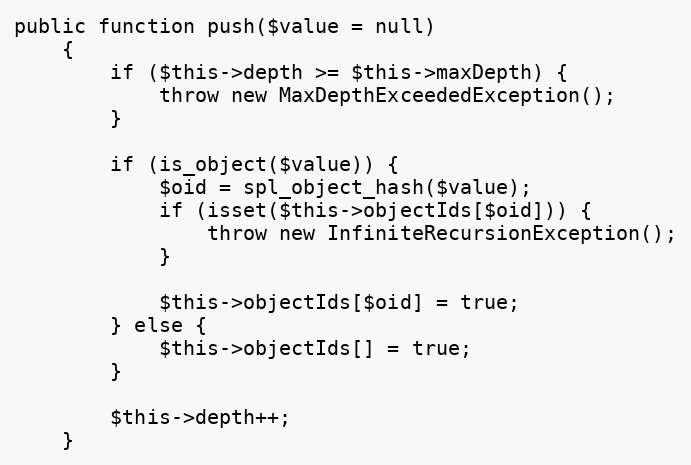
Language: PHP
public function push($value = null)
    {
        if ($this->depth >= $this->maxDepth) {
            throw new MaxDepthExceededException();
        }

        if (is_object($value)) {
            $oid = spl_object_hash($value);
            if (isset($this->objectIds[$oid])) {
                throw new InfiniteRecursionException();
            }

            $this->objectIds[$oid] = true;
        } else {
            $this->objectIds[] = true;
        }

        $this->depth++;
    }